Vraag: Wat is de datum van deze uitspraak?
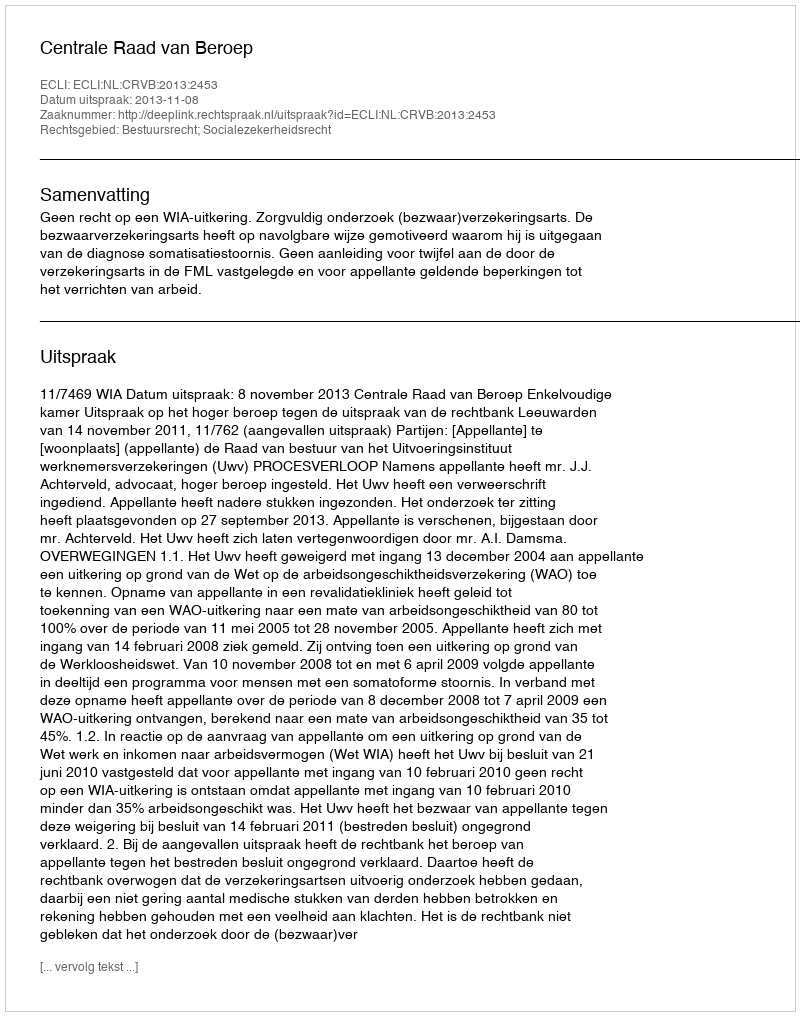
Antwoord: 2013-11-08